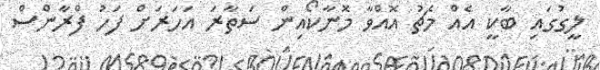
ލީގުގައި ބާކީ އެއް މެޗު އޮއްވާ މޮނާކޯއިން ސަތާރަ އަހަރަށް ފަހު ފްރާންސް